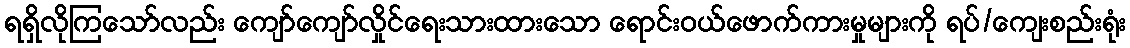
ရရှိလိုကြသော်လည်း ကျော်ကျော်လှိုင်ရေးသားထားသော ရောင်းဝယ်ဖောက်ကားမှုများကို ရပ်/ကျေးစည်းရုံး